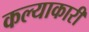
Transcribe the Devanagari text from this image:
कल्याकारी